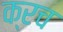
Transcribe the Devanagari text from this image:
क्रच